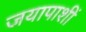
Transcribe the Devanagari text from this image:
जयापाशीं